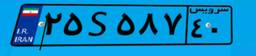
۲۵S۵۸۷۴۰